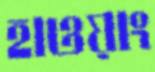
হাওয়াং